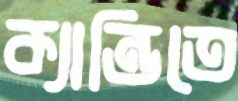
ক্যান্ডিতে